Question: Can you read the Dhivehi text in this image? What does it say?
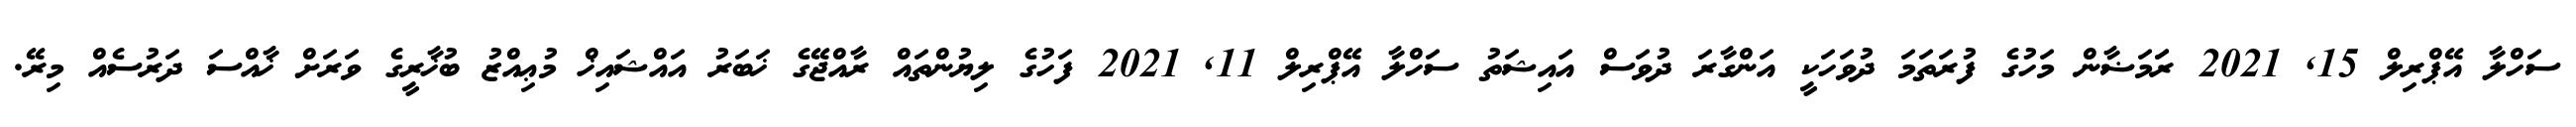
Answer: ސަހްލާ އޭޕްރިލް 15, 2021 ރަަމަޟާން މަހުގެ ފުރަތަމަ ދުވަހަކީ އަންގާރަ ދުވަސް އައިޝަތު ސަހްލާ އޭޕްރިލް 11, 2021 ފަހުގެ ލިޔުންތައް ރާއްޖޭގެ ޚަބަރު އައްޝައިޚް މުޢިއްޒު ބުޚާރީގެ ވަރަށް ޚާއްސަ ދަރުސެއް މިރޭ.